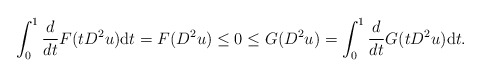
\begin{align*}\int_0^1\frac{d}{dt}F(tD^2u){\rm d}t=F(D^2u)\leq0\leq G(D^2u)=\int_0^1\frac{d}{dt}G(tD^2u){\rm d}t.\end{align*}